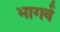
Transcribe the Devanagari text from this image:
भागर्व